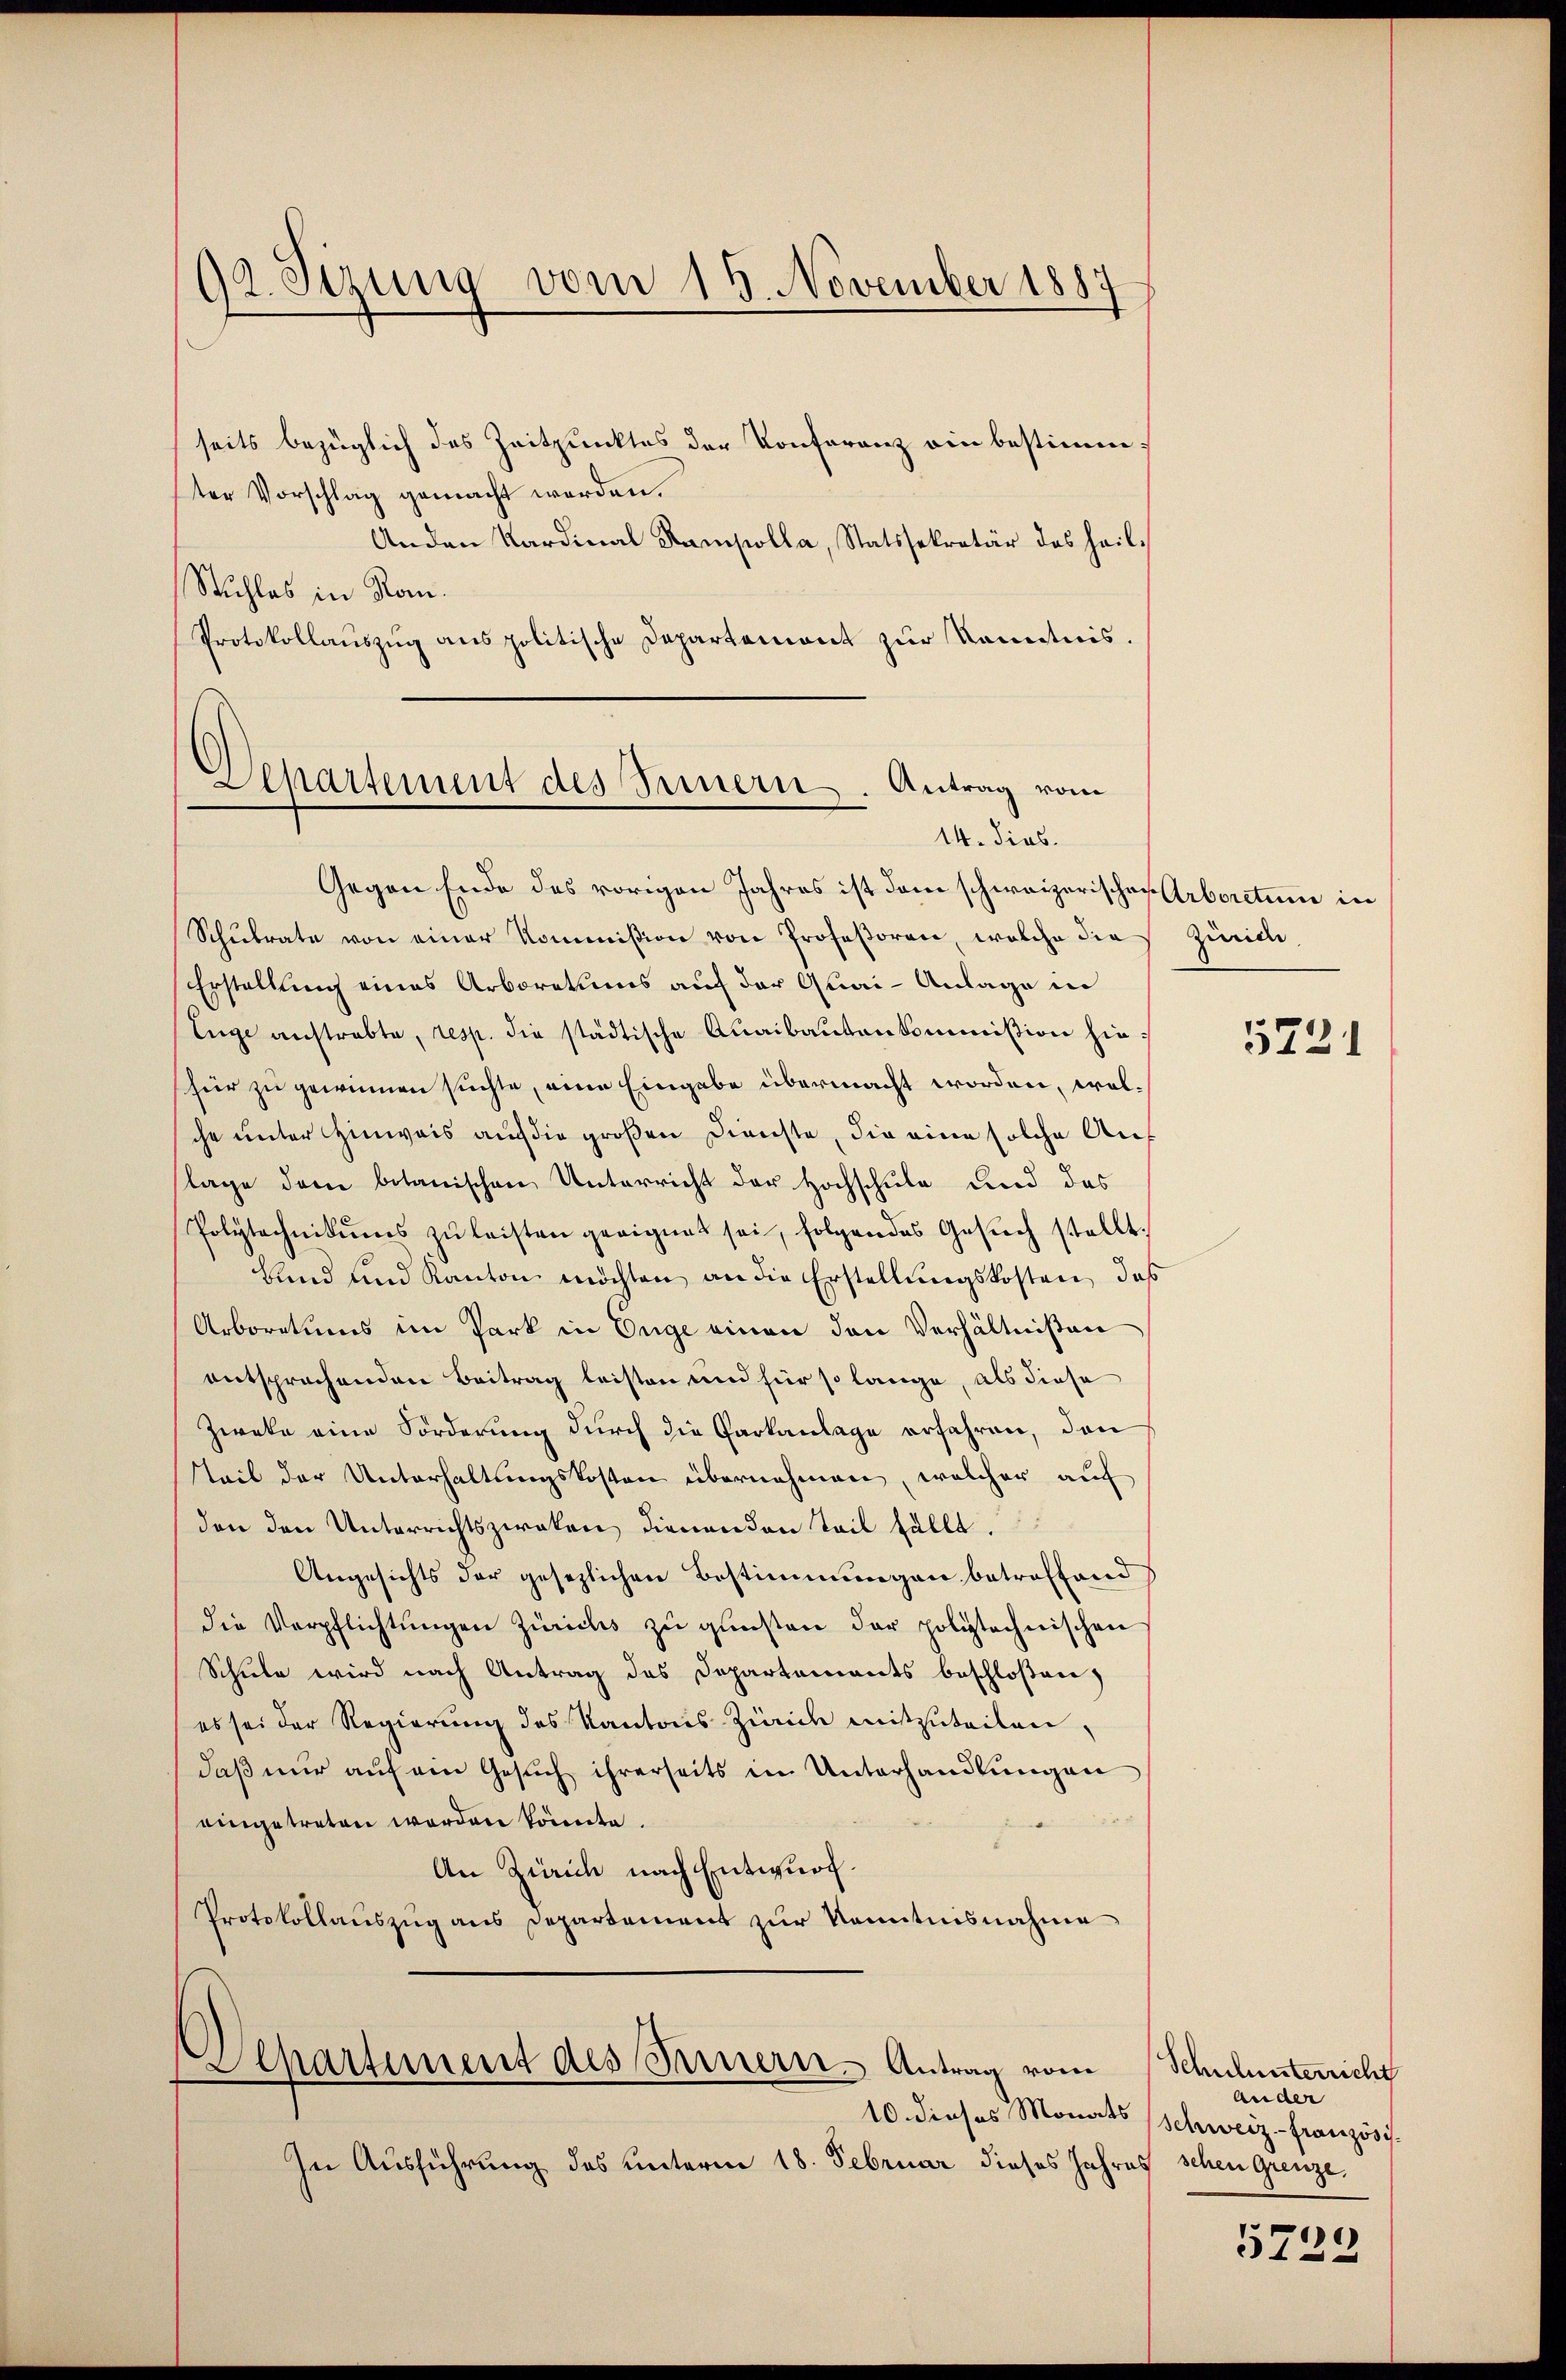
92. Sizung vom 15. November 1887

seits bezüglich das Zeitpunktes der Konferenz ein bestimmter Vorschlag gemacht werden.
Anden Kardinal Rampolla, Statssekretär des heil¬
Stuhles in Rom.
Protokollauszug aus politische Departemont zur Kenntnis.

Departement des Innern. Antrag vom
14. dies

Gegen Ende des vorigen Jahres ist dem schweizerischen Arborctum in
Schŭlrate von einer Kommißion von Professoren, welche die Züric
Erstellung eines Arboratums auf der Quai- Anlage in
Enge anstrebte, resp. die städtische Quaibaŭtenkommißion hie¬
(für zu gewinnen suchte, eine Eingabe übermacht worden, welche unter Hinweis auf die großen Dienste, die eine solche Auf
lage dem botanischen Unterricht der Hochschule und das
Polytechnikums zŭ leisten geeignet sei, folgendes Gesŭch stellt,
Hand und Kanton möchten an die Erstellungskosten, daß
Arboratums im Park in Enge einen den Verhältnißen
entsprochenden Beitrag leisten und für so lange, als diese
Zweke eine Förderung durch die Garkanlage erfahren, den
teil der Unterhaltungskosten übernehmen, welcher auf
den den Unterrichtszweken dienenden Teil fällt.
Angesichts der gesezlichen Bestimmungen betroffend
die Verpflichtungen Zürichs zu gunsten der polytechnischen
Schule wird nach Antrag des Departements beschloßen
es sei der Regierung des Kantons-Zürich mitzuteilen,
daβ nŭr aŭf ein Gesŭch ihrerseits in Unterhandlŭngen
eingetreten worden könnte.
An Zürich nach Entwurf.
Protokollauszug aus Departement zur Kenntnisnahme

10 dieses Monats
In Ausführung des unterm 18. Februar dieses Jahres schen Grenze.

Separtement des Innern. Antrag vom Schulunterricht

5221

Ander
Schweiz französis

5722